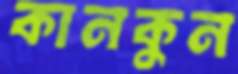
কানকুন